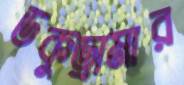
ডকুড্রামার